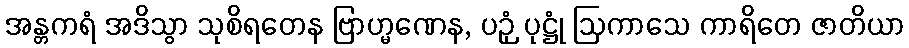
အန္တကရံ အဒိသွာ သုစိရတေန ဗြာဟ္မဏေန, ပဉှံ ပုဋ္ဌုံ ဩကာသေ ကာရိတေ ဇာတိယာ